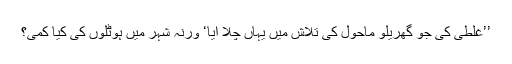
’’غلطی کی جو گھریلو ماحول کی تلاش میں یہاں چلا آیا‘ ورنہ شہر میں ہوٹلوں کی کیا کمی؟